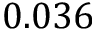
0 . 0 3 6